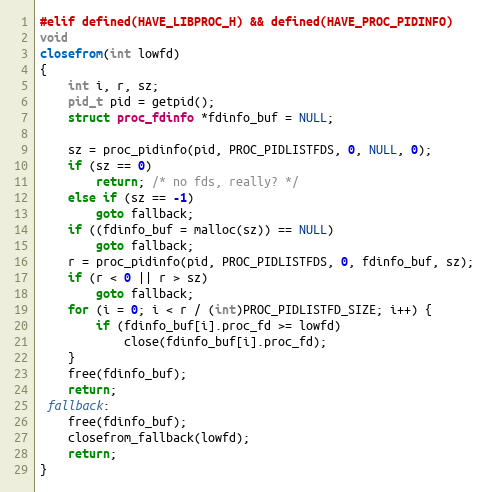
Language: C
#elif defined(HAVE_LIBPROC_H) && defined(HAVE_PROC_PIDINFO)
void
closefrom(int lowfd)
{
	int i, r, sz;
	pid_t pid = getpid();
	struct proc_fdinfo *fdinfo_buf = NULL;

	sz = proc_pidinfo(pid, PROC_PIDLISTFDS, 0, NULL, 0);
	if (sz == 0)
		return; /* no fds, really? */
	else if (sz == -1)
		goto fallback;
	if ((fdinfo_buf = malloc(sz)) == NULL)
		goto fallback;
	r = proc_pidinfo(pid, PROC_PIDLISTFDS, 0, fdinfo_buf, sz);
	if (r < 0 || r > sz)
		goto fallback;
	for (i = 0; i < r / (int)PROC_PIDLISTFD_SIZE; i++) {
		if (fdinfo_buf[i].proc_fd >= lowfd)
			close(fdinfo_buf[i].proc_fd);
	}
	free(fdinfo_buf);
	return;
 fallback:
	free(fdinfo_buf);
	closefrom_fallback(lowfd);
	return;
}